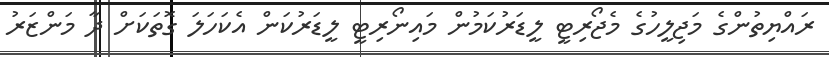
ރައްޔިތުންގެ މަޖިލީހުގެ މެޖޯރިޓީ ލީޑަރުކަމުން މައިނޯރިޓީ ލީޑަރުކަން އެކަހަލަ ގޮތަކަށް ދާ މަންޒަރު